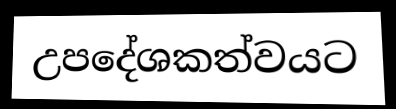
උපදේශකත්වයට